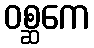
ဝစ္ဆကေ